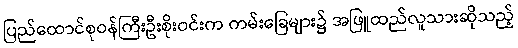
ပြည်ထောင်စုဝန်ကြီးဦးစိုးဝင်းက ကမ်းခြေများ၌ အဖြူထည်လူသားဆိုသည့်